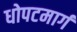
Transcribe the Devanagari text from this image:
धोपटमार्ग